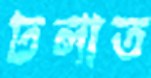
ঢলাত